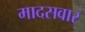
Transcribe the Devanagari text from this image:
मादसवार